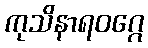
ကုသိနာရဝဂ္ဂေ